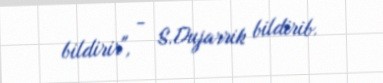
bildirir", - S.Dujarrik bildirib.